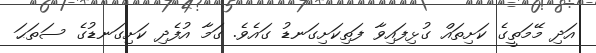
އަދި މޭމަތީގެ ކަށިތައް ގުޅިފައިވާ ފަތިކަށިގަނޑު ގައެވެ. ގަމާ އުފެދި ކަށިގަނޑުގެ ސަތަޙަ